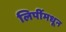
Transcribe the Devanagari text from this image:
लिपींमधून